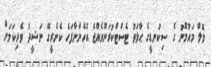
ލޮލް މައުމޫނު ގެ ސިކުނޑީގެ ޙާލަތު ޓެސްޓްކުރަންވެއްޖެ އެހެންނާފަހެ ކެނެރީގޭ ނަޝީދު ވެރިކަމަށް